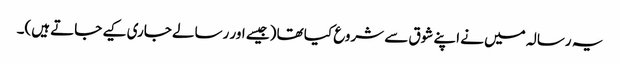
یہ رسالہ میں نے اپنے شوق سے شروع کیا تھا (جیسے اور رسالے جاری کیے جاتے ہیں)۔